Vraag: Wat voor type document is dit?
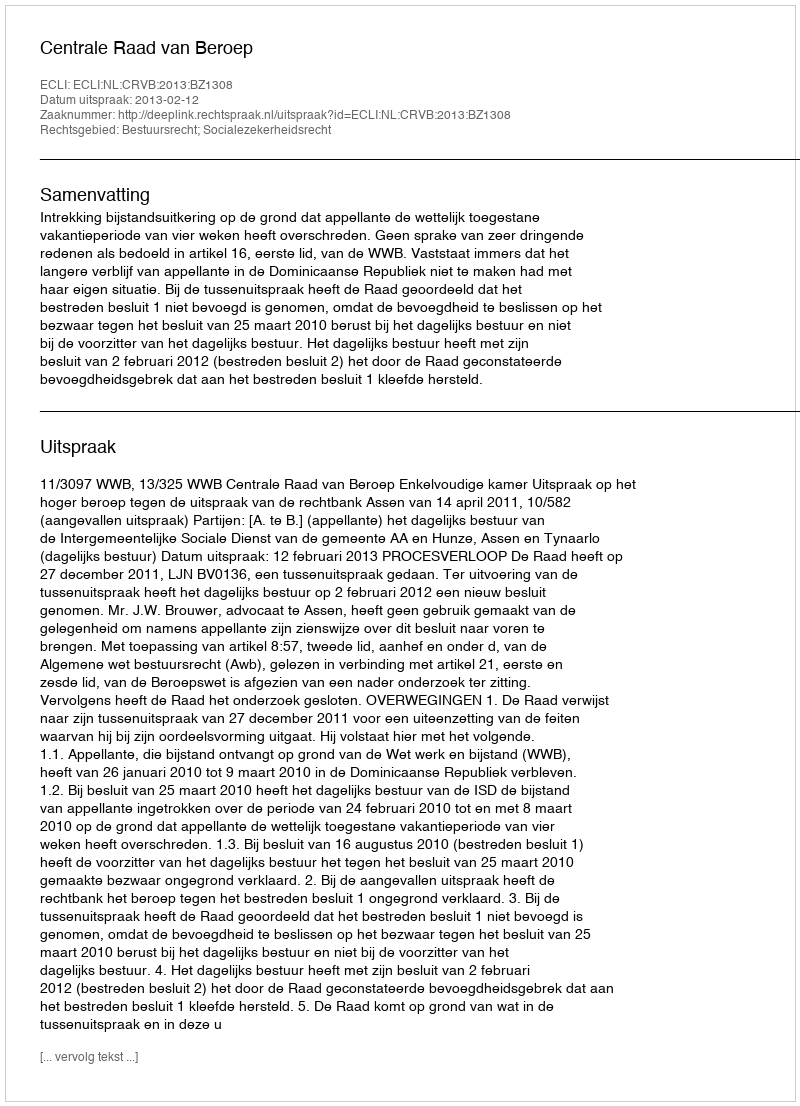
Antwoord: Uitspraak